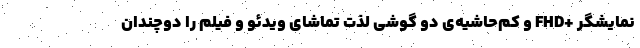
نمایشگر +FHD و کم‌حاشیه‌ی دو گوشی لذت تماشای ویدئو و فیلم را دوچندان